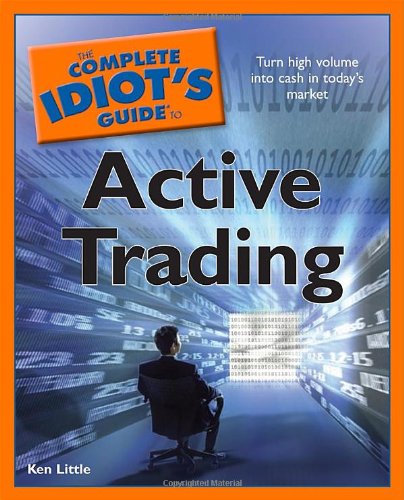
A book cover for The Complete Idiot's Guide to Active Trading; Ken Little; Business & Money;